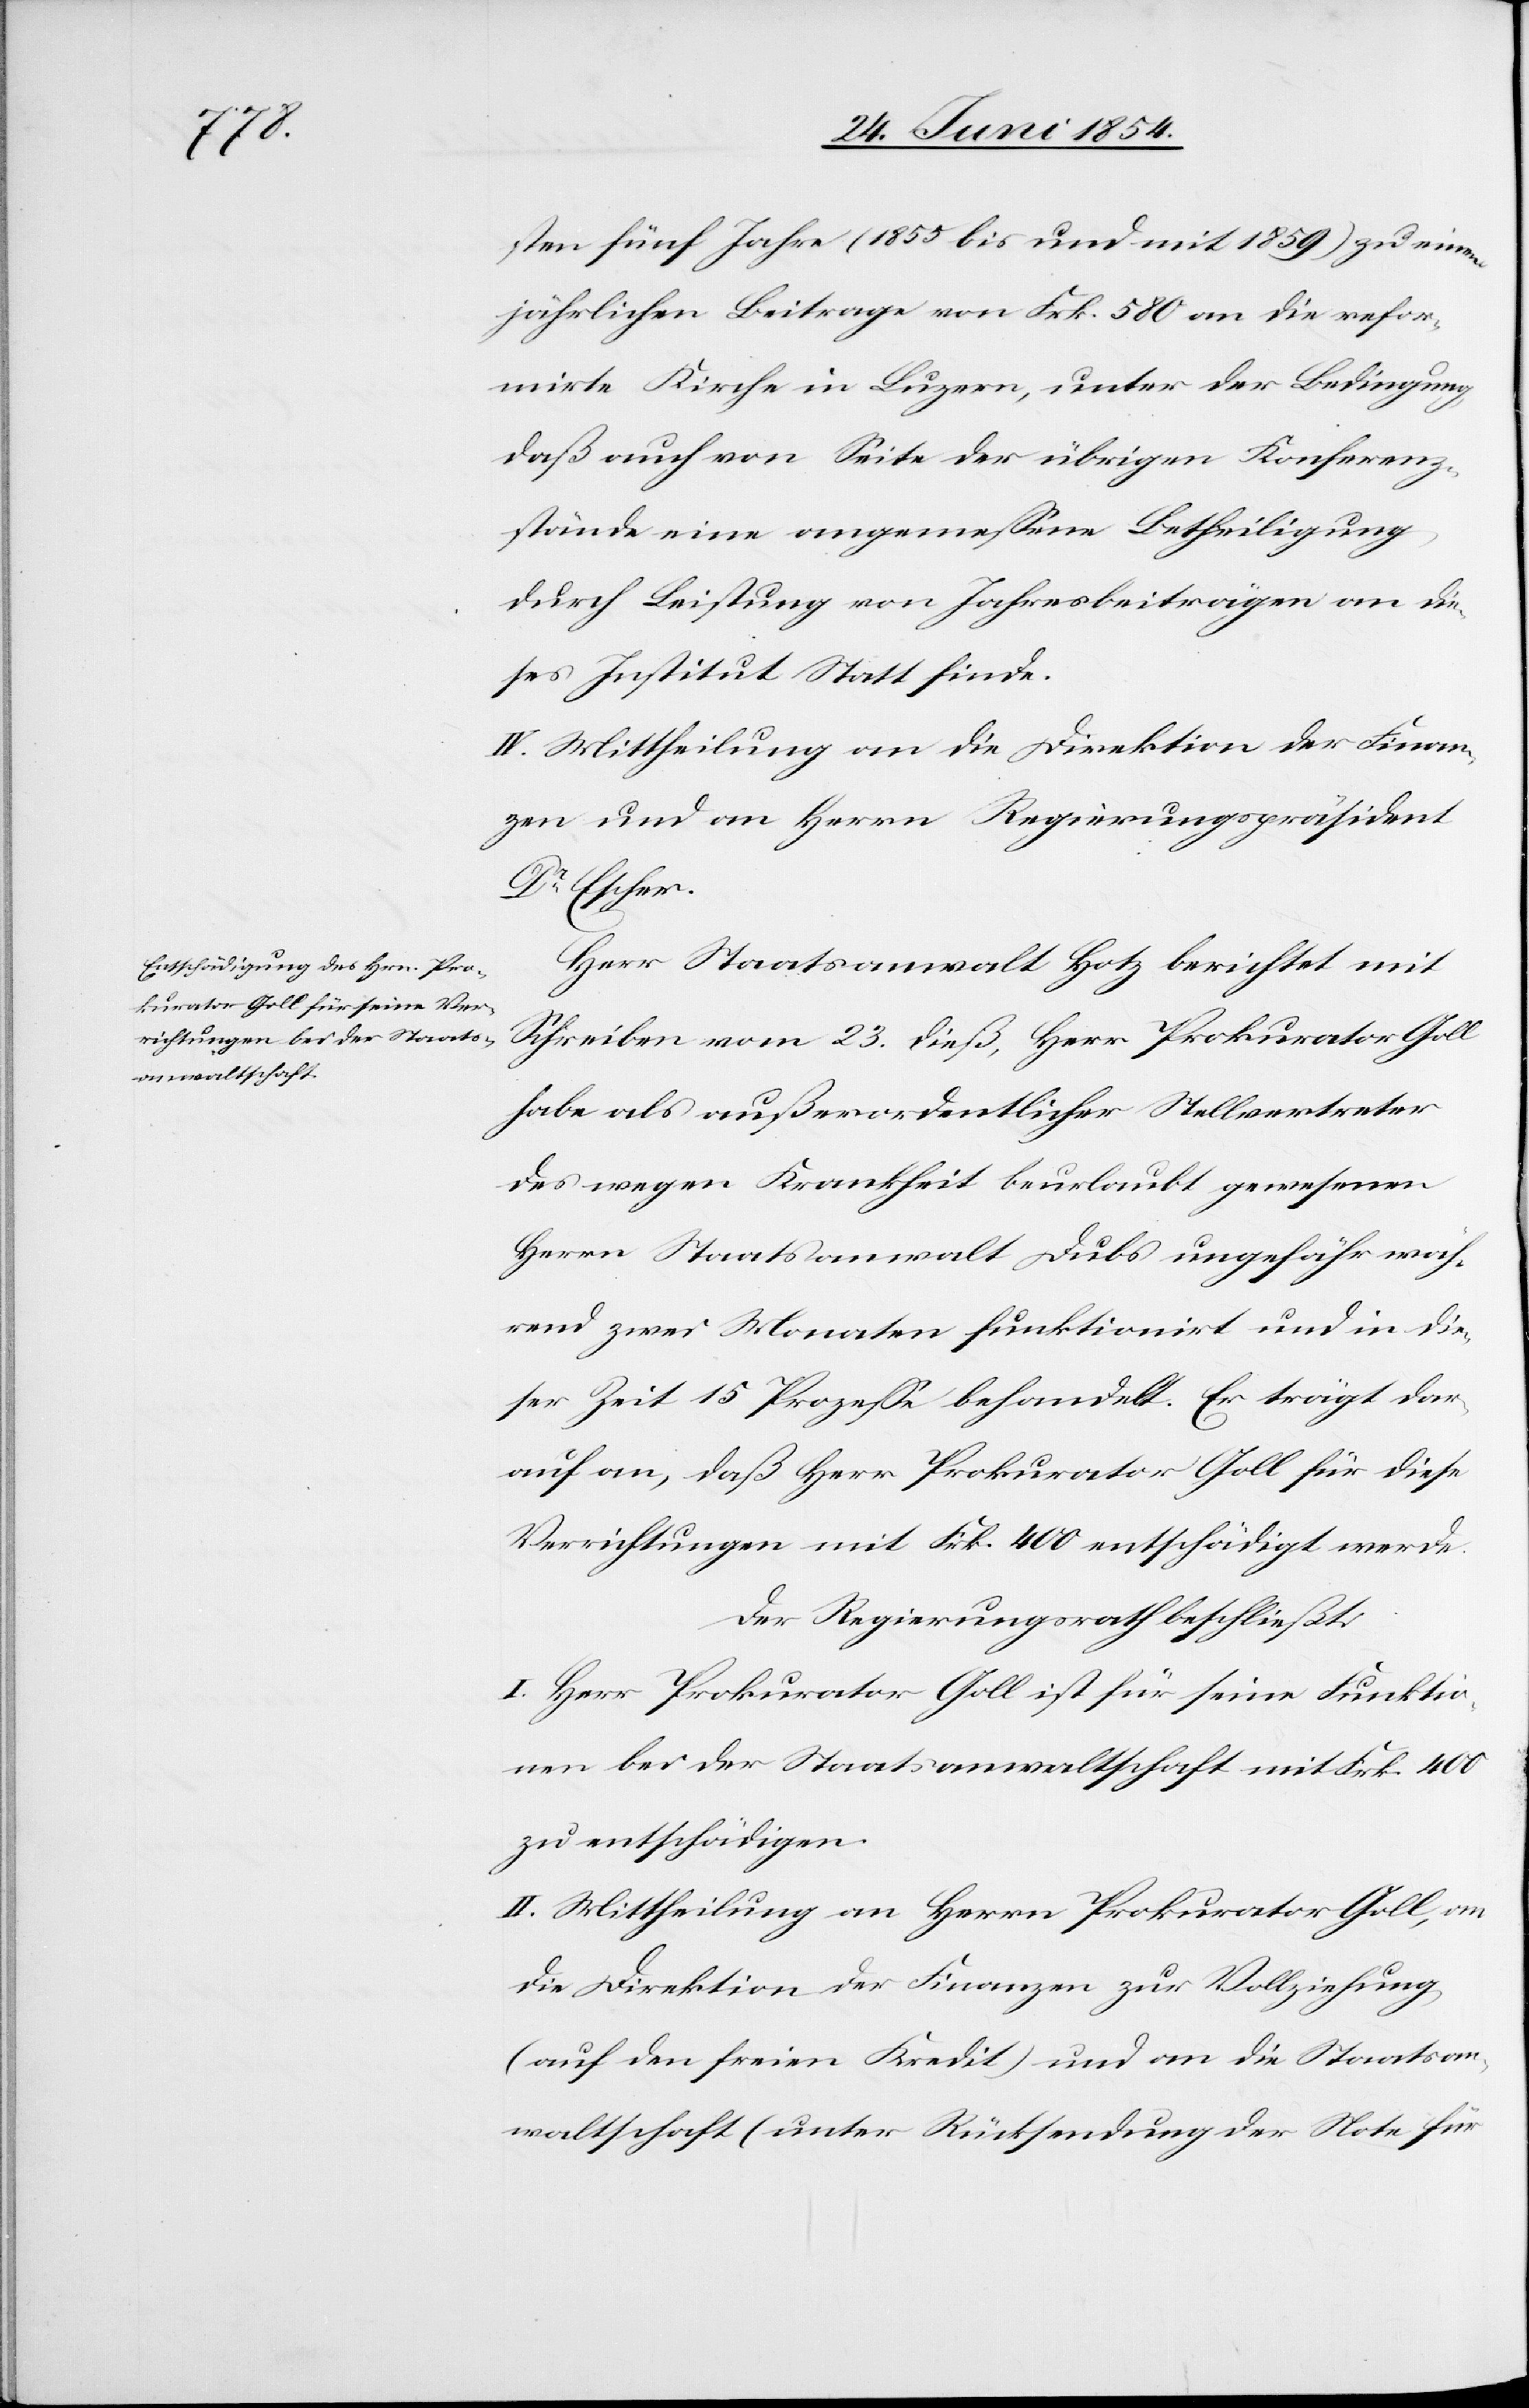
sten fünf Jahre (1855 bis und mit 1859) zu einem
jährlichen Beitrage von Frk. 580 an die refor¬
mirte Kirche in Luzern, unter der Bedingung,
daß auch von Seite der übrigen Konferenz¬
stände eine angemeßene Betheiligung
durch Leistung von Jahresbeiträge an die¬
ses Institut Statt finde.
IV. Mittheilung an die Direktion der Finan¬
zen und an Herrn Regierungspräsident
Dr Escher.
Herr Staatsanwalt Hotz berichtet mit
Schreiben vom 23. dieß, Herr Prokurator Goll
habe als außerordentlicher Stellvertreter
des wegen Krankheit beurlaubt gewesenen
Herrn Staatsanwalt Dubs ungefähr wäh¬
rend zwei Monaten funktionirt und in die¬
ser Zeit 15 Prozeße behandelt. Er trägt dar¬
auf an, daß Herrn Prokurator Goll für diese
Verrichtungen mit Frk. 400 entschädigt werde.
Der Regierungsrath beschließt:
I. Herr Prokurator Goll ist für seine Funktio¬
nen bei der Staatsanwaltschaft mit Frk. 400
zu entschädigen.
II. Mittheilung an Herrn Prokurator Goll, an
die Direktion der Finanzen zur Vollziehung
(auf den freien Kredit) und an die Staatsan¬
waltschaft (unter Rücksendung der Note für